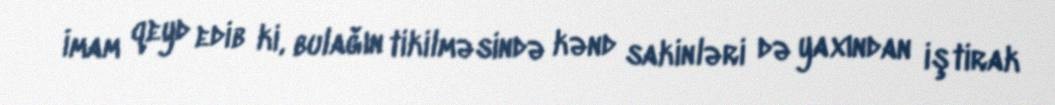
İmam qeyd edib ki, bulağın tikilməsində kənd sakinləri də yaxından iştirak